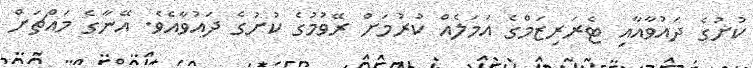
ކުށުގެ ދައުވާއާއި ޓެރަރިޒަމްގެ އަމަލެއް ކުރުމަށް ރޭވުމުގެ ކުށުގެ ދައުވާއެވެ. އޭނާގެ މައްޗަށް